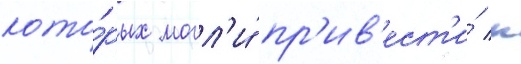
кото́рых могл'и́ пр'ив'ест'и́ к